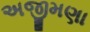
અજીમણા